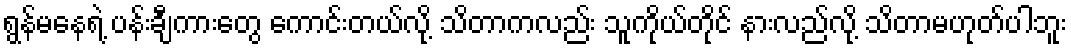
ရွန်မနေရဲ့ ပန်းချီကားတွေ ကောင်းတယ်လို့ သိတာကလည်း သူကိုယ်တိုင် နားလည်လို့ သိတာမဟုတ်ပါဘူး